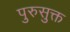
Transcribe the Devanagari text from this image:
पुरुसुक्त